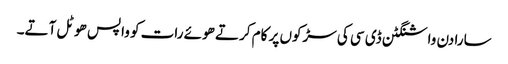
سارا دن واشنگٹن ڈی سی کی سڑکوں پر کام کرتے ھوئے رات کو واپس ھوٹل آتے۔